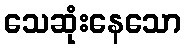
သေဆုံးနေသော